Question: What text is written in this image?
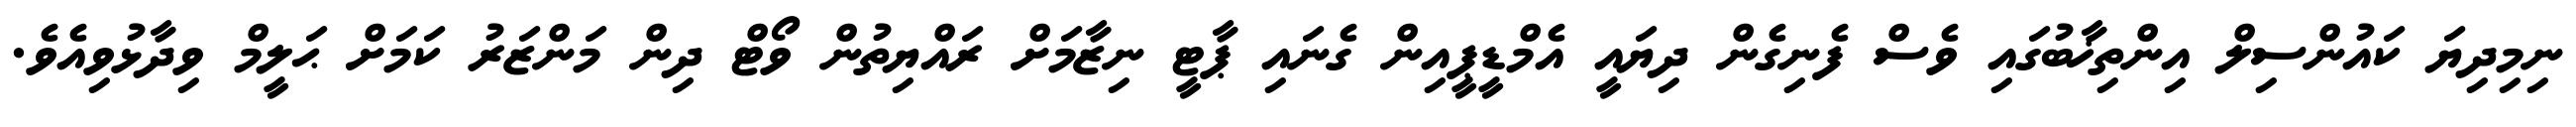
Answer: ނިމިދިޔަ ކައުންސިލް އިންތިޚާބުގައި ވެސް ފެނިގެން ދިޔައީ އެމްޑީޕީއިން ގެނައި ޕާޓީ ނިޒާމަށް ރައްޔިތުން ވޯޓް ދިން މަންޒަރު ކަމަށް ޙަލީމް ވިދާޅުވިއެވެ.